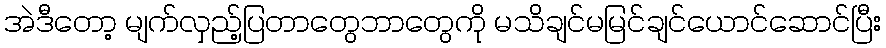
အဲဒီတော့ မျက်လှည့်ပြတာတွေဘာတွေကို မသိချင်မမြင်ချင်ယောင်ဆောင်ပြီး